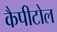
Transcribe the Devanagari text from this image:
कैपीटोल